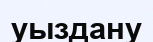
уыздану